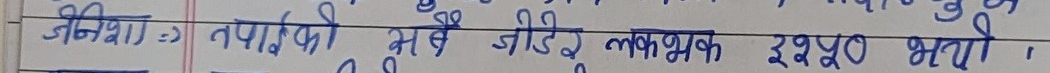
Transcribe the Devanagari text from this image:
अन्नियां = तपाईकी भई जीरेई लशभक इयूठ भगी ।